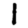
Digit: 1